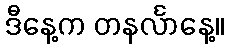
ဒီနေ့က တနင်္လာနေ့။